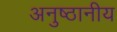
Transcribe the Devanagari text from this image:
अनुष्ठानीय